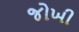
જોખી